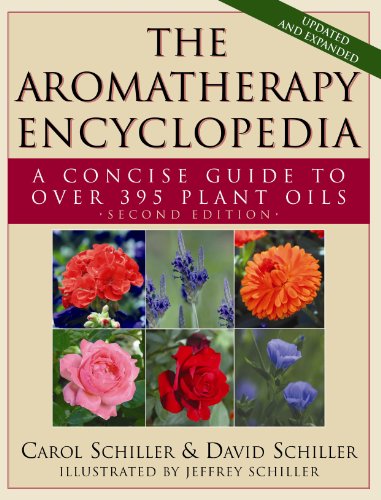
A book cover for The Aromatherapy Encyclopedia: A Concise Guide to Over 395 Plant Oils; David Schiller; Health, Fitness & Dieting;